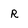
Character: R